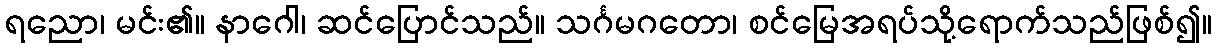
ရညော၊ မင်း၏။ နာဂေါ၊ ဆင်ပြောင်သည်။ သင်္ဂမဂတော၊ စင်မြေအရပ်သို့ရောက်သည်ဖြစ်၍။